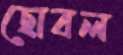
ছোবল